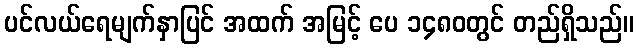
ပင်လယ်ရေမျက်နှာပြင် အထက် အမြင့် ပေ ၁၄၈၀တွင် တည်ရှိသည်။